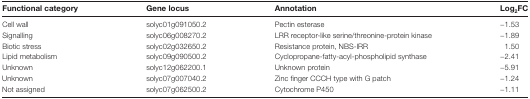
<table><thead><tr><td><b>Functional category</b></td><td><b>Gene locus</b></td><td><b>Annotation</b></td><td><b>Log<sub>2</sub>FC</b></td></tr></thead><tbody><tr><td>Cell wall</td><td>solyc01g091050.2</td><td>Pectin esterase</td><td>−1.53</td></tr><tr><td>Signalling</td><td>solyc06g008270.2</td><td>LRR receptor-like serine/threonine-protein kinase</td><td>−1.89</td></tr><tr><td>Biotic stress</td><td>solyc02g032650.2</td><td>Resistance protein, NBS-IRR</td><td>1.50</td></tr><tr><td>Lipid metabolism</td><td>solyc09g090500.2</td><td>Cyclopropane-fatty-acyl-phospholipid synthase</td><td>−2.41</td></tr><tr><td>Unknown</td><td>solyc12g062200.1</td><td>Unknown protein</td><td>−5.91</td></tr><tr><td>Unknown</td><td>solyc07g007040.2</td><td>Zinc finger CCCH type with G patch</td><td>−1.24</td></tr><tr><td>Not assigned</td><td>solyc07g062500.2</td><td>Cytochrome P450</td><td>−1.11</td></tr></tbody></table>